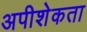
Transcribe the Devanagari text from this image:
अपीशेकता